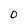
Character: 0